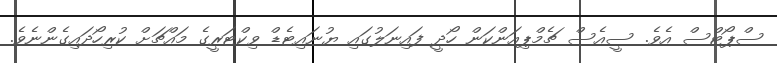
ސްޕޯޓްސް އެވެ. ސީއެސް ޗެމްޕިއަންކަން ހޯދީ ފައިނަލުގައި ޔުނައިޓެޑް ވިކްޓަރީގެ މައްޗަށް ކުރިހޯދައިގެންނެވެ.